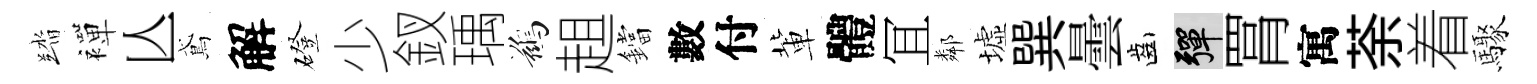
踏襌亾鳶解磴少釵瑀鷀趄鐺數付軰體冝鄰墟巽曇齒彈罥寓荼着驟